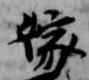
嫁